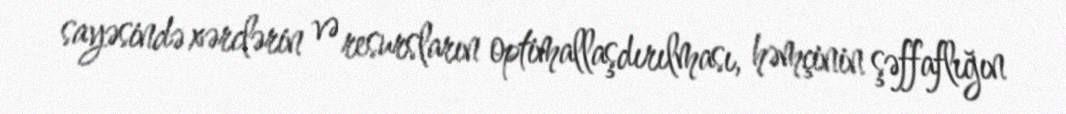
sayəsində xərclərin və resursların optimallaşdırılması, həmçinin şəffaflığın